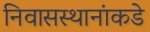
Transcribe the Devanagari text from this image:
निवासस्थानांकडे